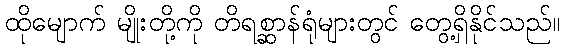
ထိုမျောက် မျိုးတို့ကို တိရစ္ဆာန်ရုံများတွင် တွေ့ရှိနိုင်သည်။